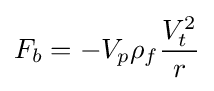
F_{b}=-V_{p}\rho _{f}{\frac {V_{t}^{2}}{r}}